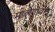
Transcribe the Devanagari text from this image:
मालेगावात